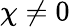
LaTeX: \chi\neq 0